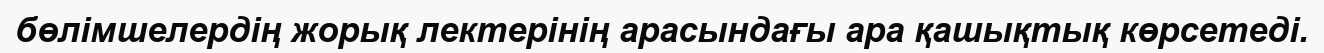
бөлімшелердің жорық лектерінің арасындағы ара қашықтық көрсетеді.